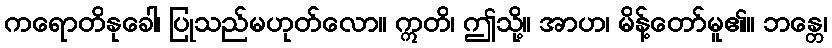
ကရောတိနုခေါ၊ ပြုသည်မဟုတ်လော။ ဣတိ၊ ဤသို့။ အာဟ၊ မိန့်တော်မူ၏။ ဘန္တေ၊